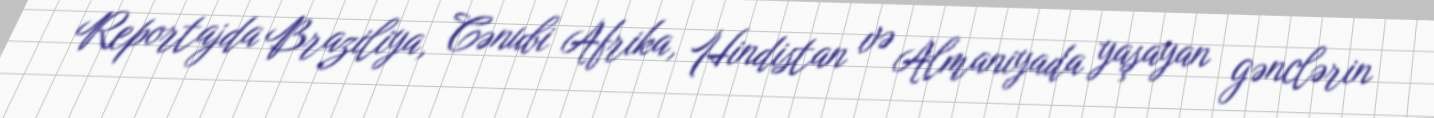
Reportajda Braziliya, Cənubi Afrika, Hindistan və Almaniyada yaşayan gənclərin